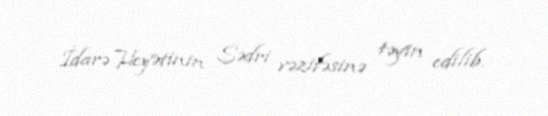
İdarə Heyətinin Sədri vəzifəsinə təyin edilib.